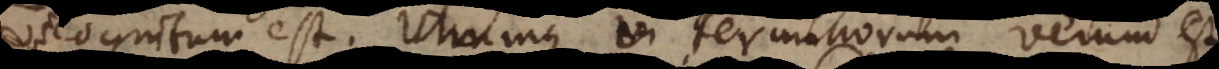
cognitum est. Utrumque vi terminorum verum est